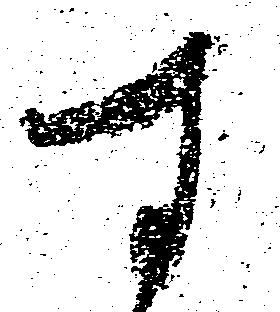
す